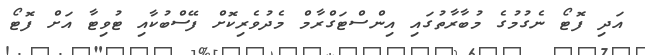
އަދި ފޮޓޯ ނެގުމުގެ މުބާރާތުގައި އިންސްޓަގްރާމް މެދުވެރިކޮށް ފޭސްބުކާއި ޓުވިޓާ އަށް ފޮޓޯ